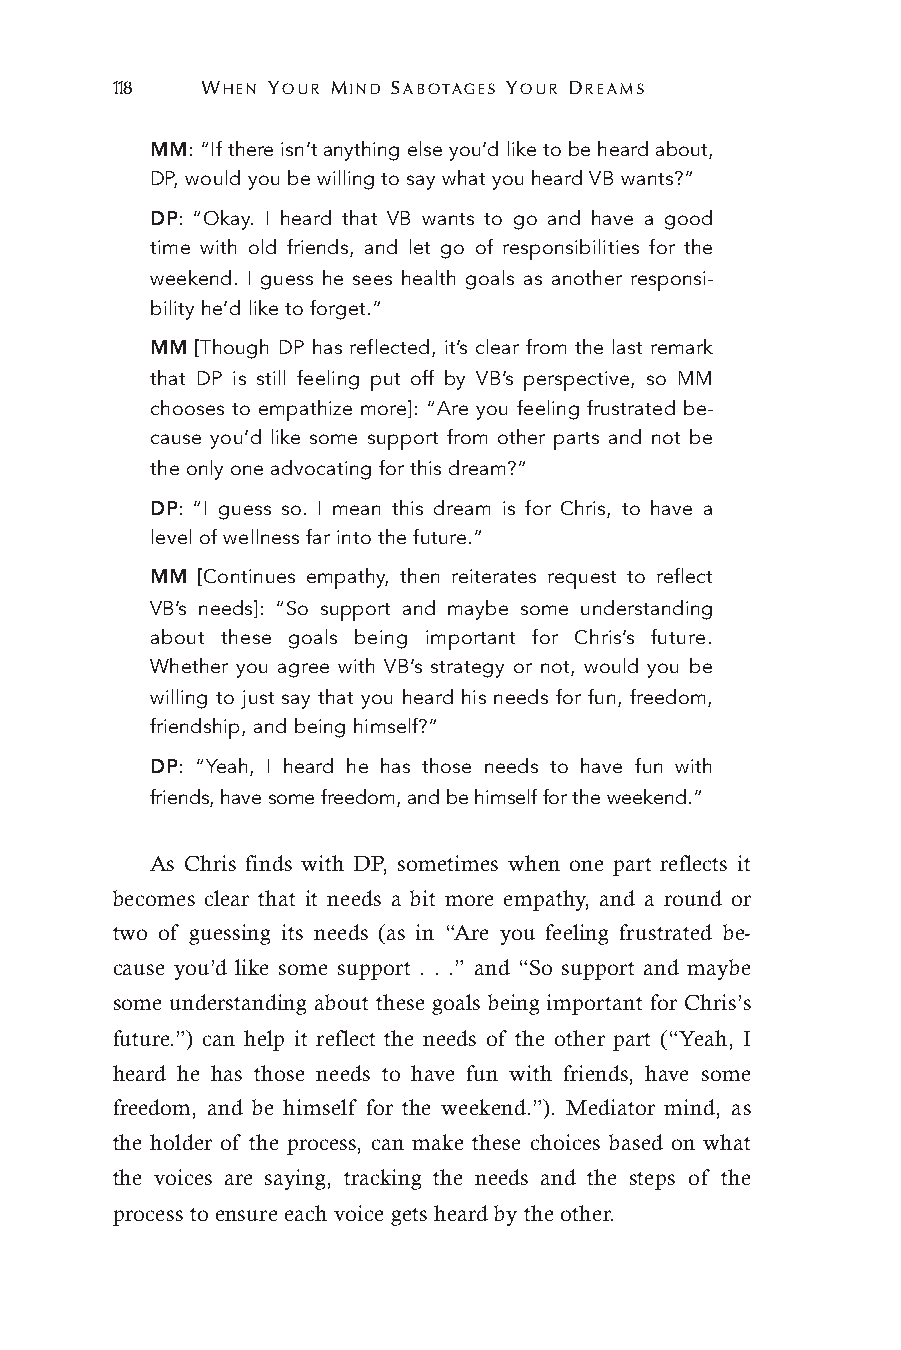
118   WHEN YOUR MIND SABOTAGES YOUR DREAMS
 MM: “If there isn’t anything else you’d like to be heard about,
 DP, would you be willing to say what you heard VB wants?”
 DP: “Okay. I heard that VB wants to go and have a good
 time with old friends, and let go of responsibilities for the
 weekend. I guess he sees health goals as another responsi-
 bility he’d like to forget.”
 MM [Though DP has reflected, it’s clear from the last remark
 that DP is still feeling put off by VB’s perspective, so MM
 chooses to empathize more]: “Are you feeling frustrated be-
 cause you’d like some support from other parts and not be
 the only one advocating for this dream?”
 DP: “I guess so. I mean this dream is for Chris, to have a
 level of wellness far into the future.”
 MM [Continues empathy, then reiterates request to reflect
 VB’s needs]: “So support and maybe some understanding
 about these goals being important for Chris’s future.
 Whether you agree with VB’s strategy or not, would you be
 willing to just say that you heard his needs for fun, freedom,
 friendship, and being himself?”
 DP: “Yeah, I heard he has those needs to have fun with
 friends, have some freedom, and be himself for the weekend.”
 As Chris finds with DP, sometimes when one part reflects it
 becomes clear that it needs a bit more empathy, and a round or
 two of guessing its needs (as in “Are you feeling frustrated be-
 cause you’d like some support . . .” and “So support and maybe
 some understanding about these goals being important for Chris’s
 future.”) can help it reflect the needs of the other part (“Yeah, I
 heard he has those needs to have fun with friends, have some
 freedom, and be himself for the weekend.”). Mediator mind, as
 the holder of the process, can make these choices based on what
 the voices are saying, tracking the needs and the steps of the
 process to ensure each voice gets heard by the other.